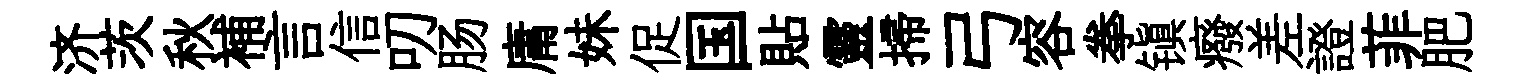
济茨秋補言信叨肠庸妹促国貼靈掃弓容拳镇癈差證菲肥